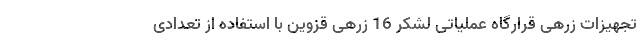
تجهیزات زرهی قرارگاه عملیاتی لشکر 16 زرهی قزوین با استفاده از تعدادی